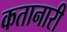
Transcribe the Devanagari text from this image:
कतानारी